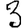
Digit: 3